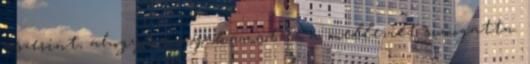
aszerint, ahogy ő a nyakamat és a mellemet simogatta.